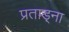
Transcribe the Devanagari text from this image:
प्रताड़्ना